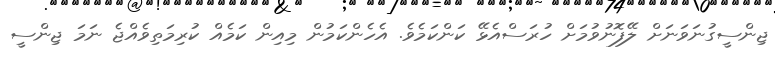
ޖިންސީގުނަވަނަށް ލޭފޮނުވުމަށް ހުރަސްއެޅޭ ކަންކަމެވެ. އެހެންކަމުން މިއިން ކަމެއް ކުރިމަތިވެއްޖެ ނަމަ ޖިންސީ